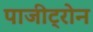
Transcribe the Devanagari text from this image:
पाजीट्रोन